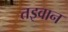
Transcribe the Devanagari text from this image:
तइवान